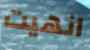
انهيت